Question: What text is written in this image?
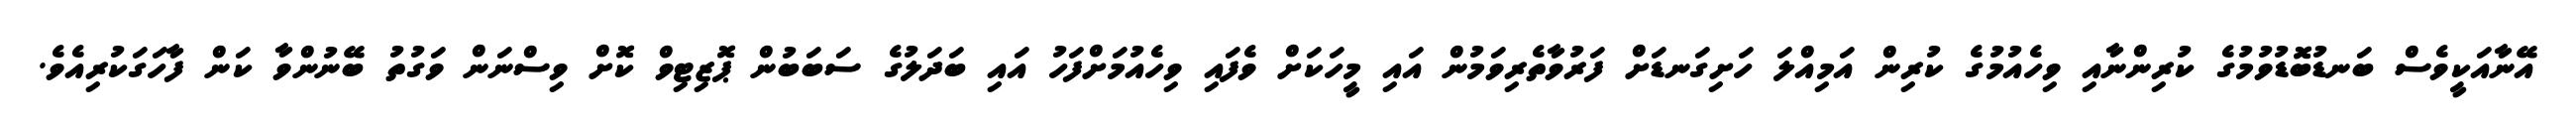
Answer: އޭނާއަކީވެސް ބަނޑުބޮޑުވުމުގެ ކުރިންނާއި ވިހެއުމުގެ ކުރިން އަމިއްލަ ހަށިގަނޑަށް ފަރުވާތެރިވަމުން އައި މީހަކަށް ވެފައި ވިހެއުމަށްފަހު އައި ބަދަލުގެ ސަބަބުން ޕޮޒިޓިވް ކޮށް ވިސްނަން ވަގުތު ބޭނުންވާ ކަން ފާހަގަކުރިއެވެ.